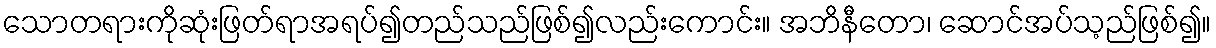
သောတရားကိုဆုံးဖြတ်ရာအရပ်၍တည်သည်ဖြစ်၍လည်းကောင်း။ အဘိနီတော၊ ဆောင်အပ်သ့ည်ဖြစ်၍။